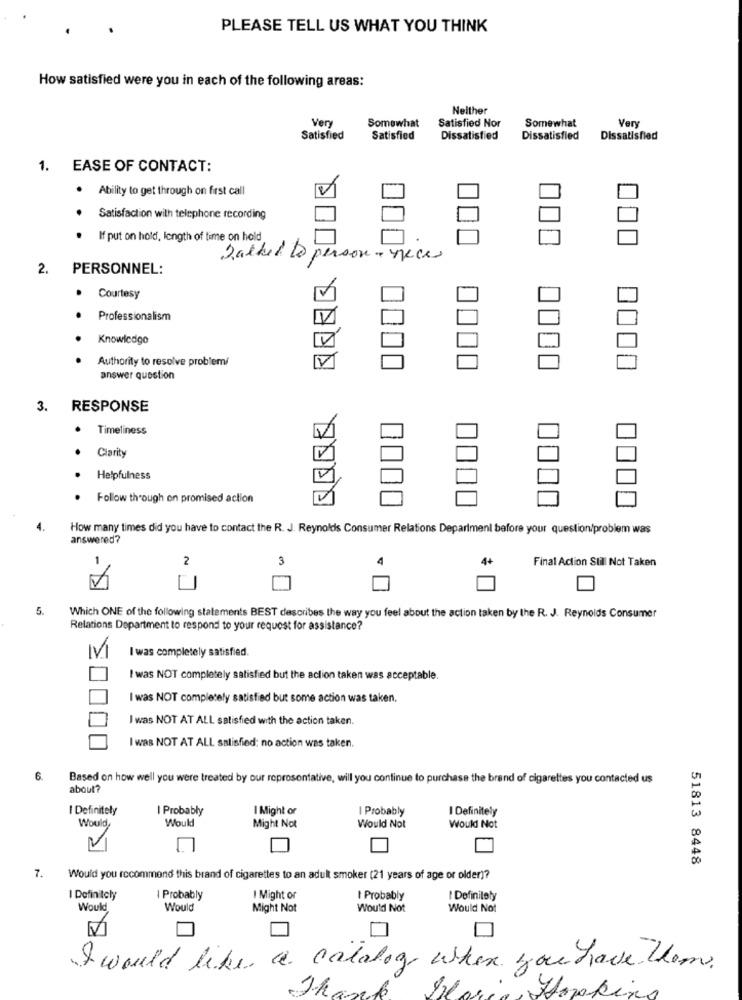
PLEASE TELL US WHAT YOU THINK
How satisfied were you in each of the following areas:
Neither
Very
Somewhat
Satisfied Nor
Somewhat
Ver
Satisfied
Satisfied
Dissatisfied
Dissatisfied
Dissatisfied
1. EASE OF CONTACT:
. Ability to get through on first call
Satisfaction with telephone recording
If put on hold, length of time on hold
Talked Do person - necks
2.
PERSONNEL:
Courtesy
Professionalism
Knowledge
Authority to resolve problemi
answer question
3.
RESPONSE
Timeliness
Clarity
Helpfulness
Follow through on promised action
How many times did you have to contact the R. J. Reynolds Consumer Relations Department before your question/problem was
answered?
3
4+
Final Action Still Not Taken
2
5.
Which ONE of the following statements BEST describes the way you feel about the action taken by the R. J. Reynolds Consumer
Relations Department to respond to your request for assistance?
I was completely satisfied.
I was NOT completely satisfied but the action taken was acceptable.
I was NOT completely satisfied but some action was taken.
I was NOT AT ALL satisfied with the action taken.
I was NOT AT ALL satisfied: no action was taken.
6.
Based on how well you were treated by our representative, will you continue to purchase the brand of cigarettes you contacted us
about?
I Definitely
I Probably
I Might or
I Probably
I Definitely
Would
Would
Might Not
Would Not
Would Not
51813 8448
7.
Would you recommend this brand of cigarettes to an adult smoker (21 years of age or older)?
I Definitely
I Probably
I Might or
I Probably
I Definitely
Would
Would
Might Not
Would Not
Would Not
I would like a catalog when you have them.
Hopkins